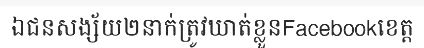
ឯជនសង្ស័យ២នាក់ត្រូវឃាត់ខ្លួនFacebookខេត្ត